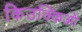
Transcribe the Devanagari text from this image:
किउक्किओ